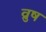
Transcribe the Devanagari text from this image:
व्रुष